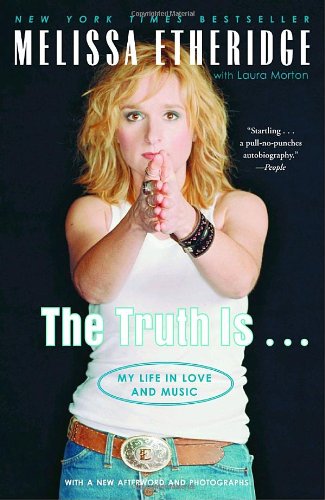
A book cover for The Truth Is . . .: My Life in Love and Music; Melissa Etheridge; Gay & Lesbian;